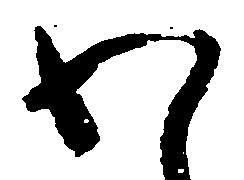
わ